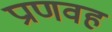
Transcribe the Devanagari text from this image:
प्राणवह